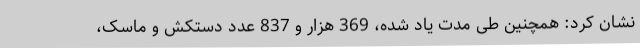
نشان کرد: همچنین طی مدت یاد شده، 369 هزار و 837 عدد دستکش و ماسک،